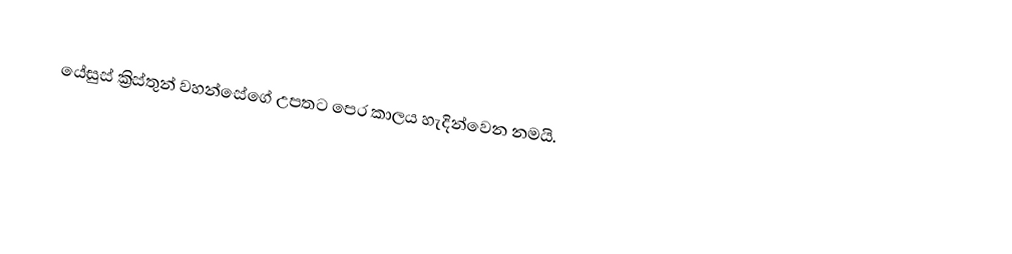
යේසුස් ක්‍රිස්තුන් වහන්සේගේ උපතට පෙර කාලය හැදින්වෙන නමයි.